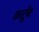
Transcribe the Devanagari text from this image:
कार्टूब